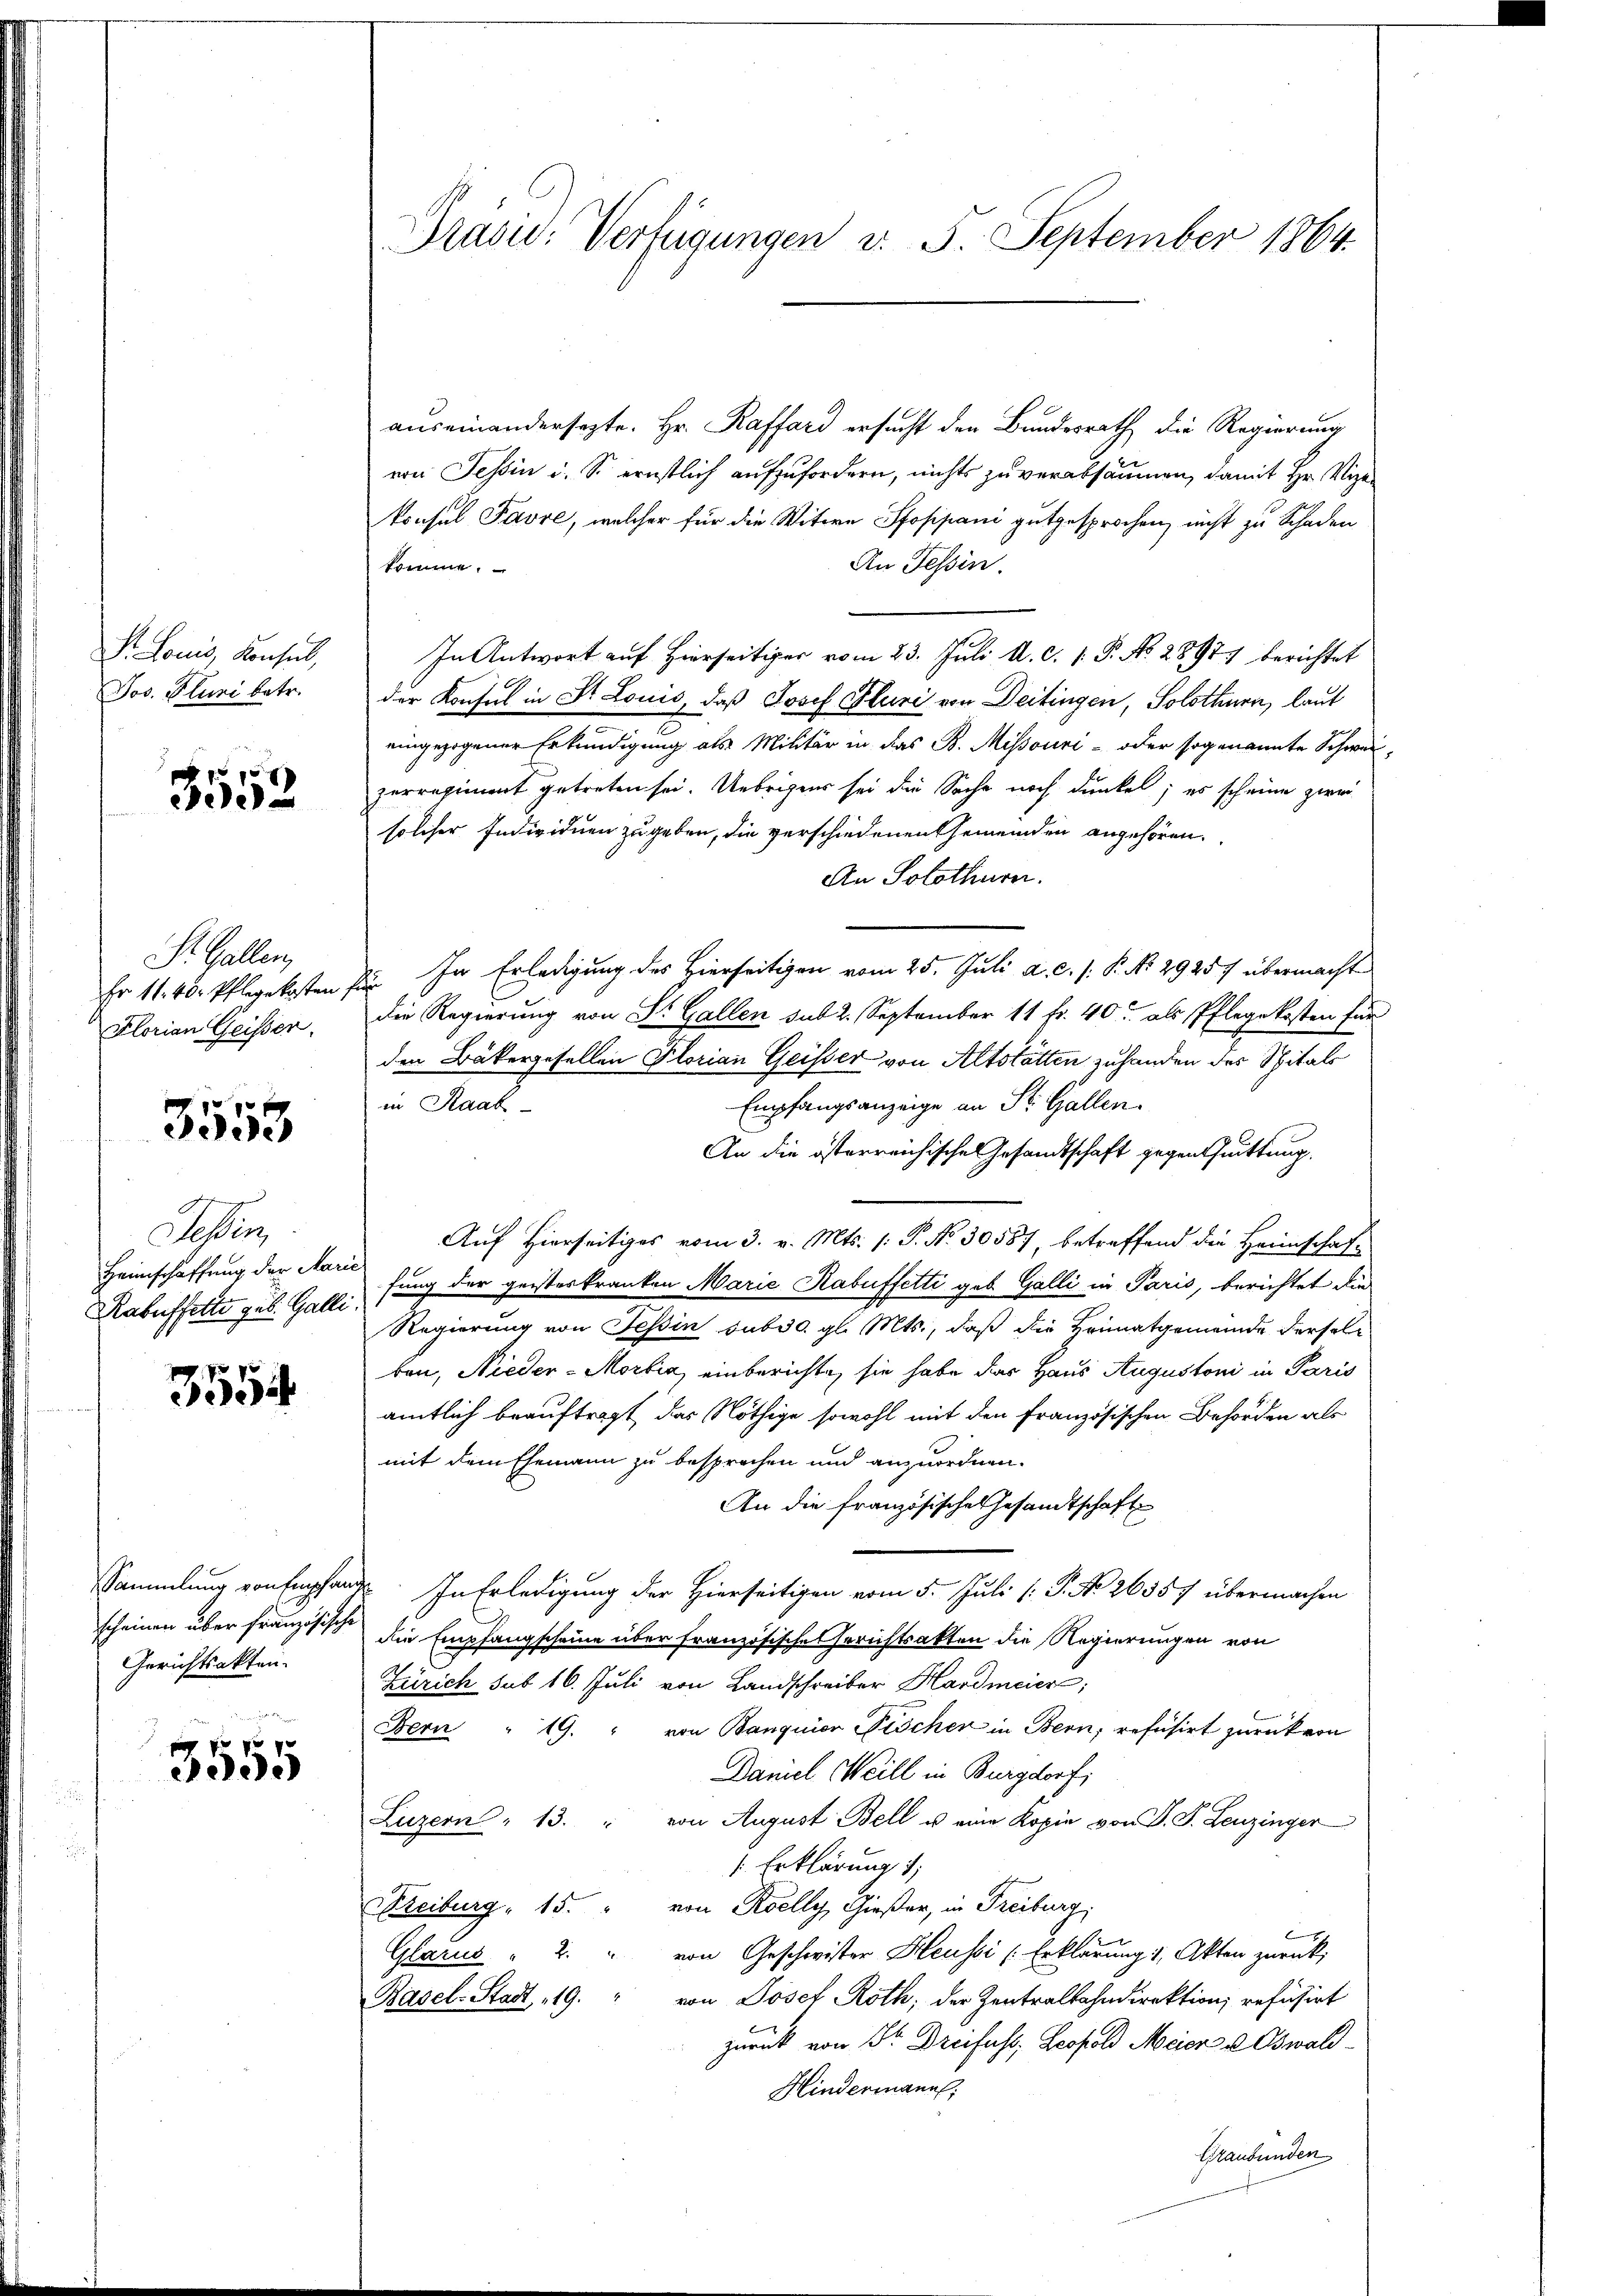
S. Louis, Konsul,
Jos. Pluri betr.

3552

St. Gallen,
Er 11. 40. Pflegekosten,
Florian Geisser.

3553

Ges
Teßin,
Heimschaffung der Marie
Rabuffette geb. Galli

3554

Sammlung von Empfan
scheinen über französische
Gerichtsakten.

3555

Präsid. Verfügungen v. 5. September 1864.

auseinandersezte. Hr. Raffard ersucht den Bundesrath die Regierung
von Tessin u. So ernstlich aufzufordern, nichts zu verabsäumen, damit Hr. Vize-
konsul Favre, welcher für die Witwe Isoppani gutgesprochen, nicht zu Schaden
An Tessin.
komme.
In Antwort auf Hierseitiger vom 23. Juli d. d. 1. P. No. 28971 berichtet
der Konsul in St. Louis, daß Josef Fluri von Deitingen, Solothurn, laut
eingezogener Erkundigung als Militär in das B. Missouri- oder sogenannte Schwerzerregiment getreten sei. Uebrigens sei die Sache noch dunkel; es scheine zwei
solcher Individuen zu geben, die verschiedenen Gemeinden angehören.
An Solothurer.
2. In Erledigung des Hierseitigen vom 25. Juli a. c. s. P. No. 29257 übermacht
die Regierung von Sr. Gallen sub 2. September 11 Fr. 40 als Pflegekosten für
den Bäkergesellen Florian Geister von Altstätten zuhanden der Spitals
Empfangsanzeige an St. Gallen.
in Staat
An die österreichische Gesandtschaft gegen Quittung.
Auf Hierseitiges vom 3. v. Mts. (: P. No. 30587, betreffend die Heimschaft
fung der geisteskranken Marie Kabuffetti geb. Galli in Paris, berichtet die
Regierung von Tessin sub 30. gl. Mts., daß die Heimatgemeinde derselbon, Nieder-Mortia, einberichte, sie habe das Haus Augustoni in Paris
amtlich beauftragt, das Nöthige sowohl mit den Französischen Behörden als
mit dem Ehemann zu besprochen und anzuordnen.
An die französische Gesandtschaft
 In Erledigung der Hierseitigen vom 5. Juli [ P. No 26357 übermachen
die Empfangscheine über französische Gerichtsakten die Regierungen von
Zürich sub 16. Juli von Landschreiber Hardmeier
Bern " 19. " von Banquier Fischer in Bern, refusirt zurück von
Damel Weill in Burgdorf;
Luzern " 13. " von August Bell u. eine Kopie von P. S. Leuzinger
s. Erklärung 1
reiburg, 15. " von Roelly, Gießer, in Freiburg.
von Geschwister Heussi (Erklärung 1, Akten zurück;
Glarus " 2 "
Basel-Stadt 19. " von Josef Roth; der Zentralbahndirektion refüsirt
zurück von Sr. Dreifuss, Leopold Meier u. Oswald¬
Hindermann,
Graubünden